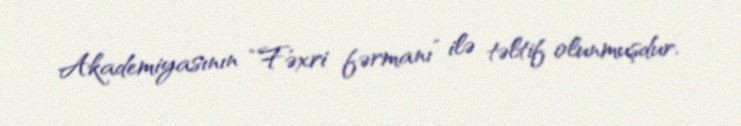
Akademiyasının “Fəxri fərmanı” ilə təltif olunmuşdur.